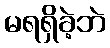
မရရှိခဲ့ဘဲ